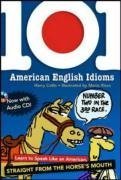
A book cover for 101 American English Idioms w/Audio CD: Learn to speak Like an American Straight from the Horse's Mouth; Harry Collis; Reference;